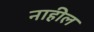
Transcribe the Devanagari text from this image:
नाहील